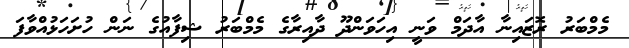
މެމްބަރު ރޮޒައިނާ އާދަމް ވަނީ އިހަވަންދޫ ދާއިރާގެ މެމްބަރު ޝިފާއުގެ ނަން ހުށަހަޅުއްވާފަ